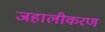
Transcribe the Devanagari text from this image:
जहालीकरण